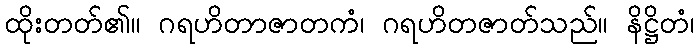
ထိုးတတ်၏။ ဂရဟိတာဇာတကံ၊ ဂရဟိတဇာတ်သည်။ နိဋ္ဌိတံ၊